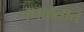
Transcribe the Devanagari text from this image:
चघळतात